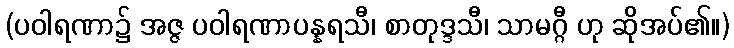
(ပဝါရဏာ၌ အဇ္ဇ ပဝါရဏာပန္နရသီ၊ စာတုဒ္ဒသီ၊ သာမဂ္ဂီ ဟု ဆိုအပ်၏။)